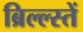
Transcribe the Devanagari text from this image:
ब्रिल्ल्स्तें